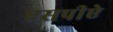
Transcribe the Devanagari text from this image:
एसपीऐ